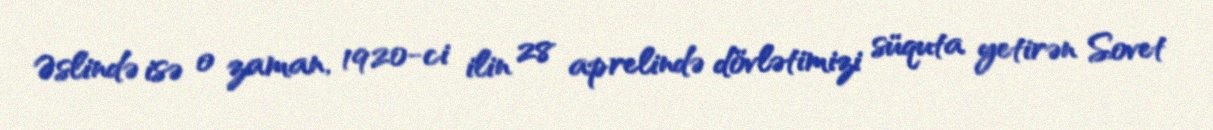
Əslində isə o zaman, 1920-ci ilin 28 aprelində dövlətimizi süquta yetirən Sovet